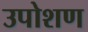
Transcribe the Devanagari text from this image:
उपोशण